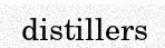
distillers